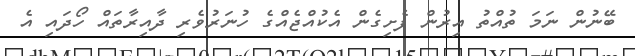
ބޭނުން ނަމަ ތުއްތު އިރުން ފެށިގެން އެކުއްޖެއްގެ ހުނަރުވެރި ދާއިރާތައް ހޯދައި އެ